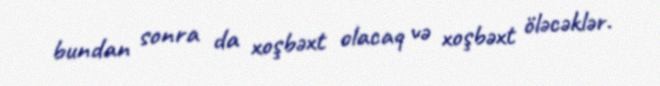
bundan sonra da xoşbəxt olacaq və xoşbəxt öləcəklər.